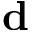
\mathbf d